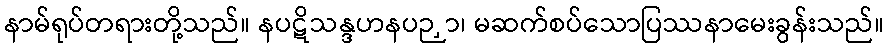
နာမ်ရုပ်တရားတို့သည်။ နပဋိသန္ဒဟနပဉှာ၊ မဆက်စပ်သောပြဿနာမေးခွန်းသည်။